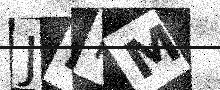
Text: JPPM